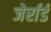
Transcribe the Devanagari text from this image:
जेर्रार्ड